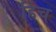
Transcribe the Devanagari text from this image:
हिंच